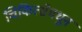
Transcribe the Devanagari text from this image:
चिकित्सेमधून